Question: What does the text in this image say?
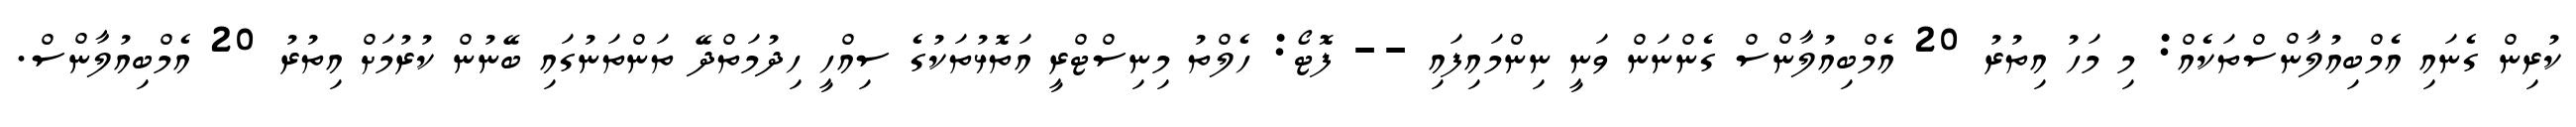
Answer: ކުރިން ގެނައި އެމްބިއުލާންސްތަކެއް: މި މަހު އިތުރު 20 އެމްބިއުލާންސް ގެންނަން ވަނީ ނިންމައިފައި -- ފޮޓޯ: ހެލްތު މިނިސްޓްރީ އަތޮޅުތަކުގެ ސިއްހީ ހިދުމަތްދޭ ތަންތަނުގައި ބޭނުން ކުރުމަށް އިތުރު 20 އެމްބިއުލާންސް.